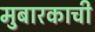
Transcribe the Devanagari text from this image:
मुबारकाची